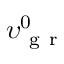
\upsilon _ { \mathrm { ~ g ~ r ~ } } ^ { 0 }